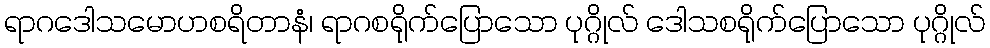
ရာဂဒေါသမောဟစရိတာနံ၊ ရာဂစရိုက်ပြောသော ပုဂ္ဂိုလ် ဒေါသစရိုက်ပြောသော ပုဂ္ဂိုလ်